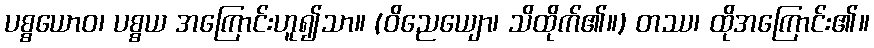
ပစ္စယောဝ၊ ပစ္စယ အကြောင်းဟူ၍သာ။ (ဝိညေယျော၊ သိထိုက်၏။) တဿ၊ ထိုအကြောင်း၏။